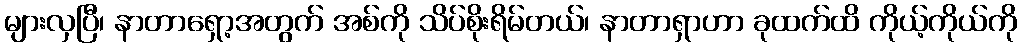
များလှပြီ၊ နာတာရှော့အတွက် အစ်ကို သိပ်စိုးရိမ်တယ်၊ နာတာရှာဟာ ခုထက်ထိ ကိုယ့်ကိုယ်ကို